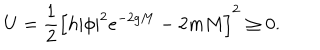
LaTeX: U = \frac { 1 } { 2 } \left[ h | \phi | ^ { 2 } e ^ { - 2 g M } - 2 m M \right] ^ { 2 } \geq 0 .